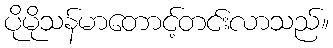
ပိုမိုသန်မာတောင့်တင်းလာသည်။